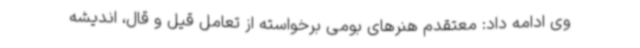
وی ادامه داد: معتقدم هنرهای بومی برخواسته از تعامل قیل و قال، اندیشه